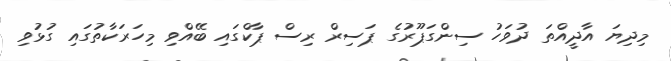
މިދިޔަ އާދީއްތަ ދުވަހު ސިންގަޕޫރުގެ ޕަސިރް ރިސް ޕާކްގައި ބޭއްވި މިހަރަކާތުގައި ގުޅުވި